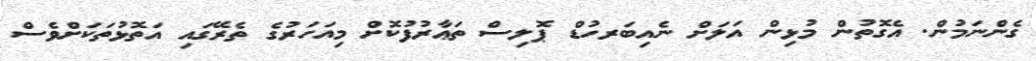
ގެންނަމުން. އެގޮތުން މުޅިން އަލަށް ނެއިބަރހުޑް ޕޮލިސް ތަޢާރުފުކޮށް މިއަހަރުގެ ތެރޭގައި އަތޮޅުތަކަށްވެސް